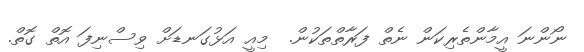
ނޯންނަ އީމާންތެރިކަން ނެތް ފަރާތްތަކުން.  މިއީ އަޅުގަނޑަށް ވިސްނިފަ އޮތް ގޮތް.